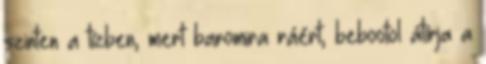
szinten a tízben, mert baromira ráért, bebootol átírja a